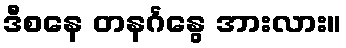
ဒီစနေ တနင်္ဂနွေ အားလား။